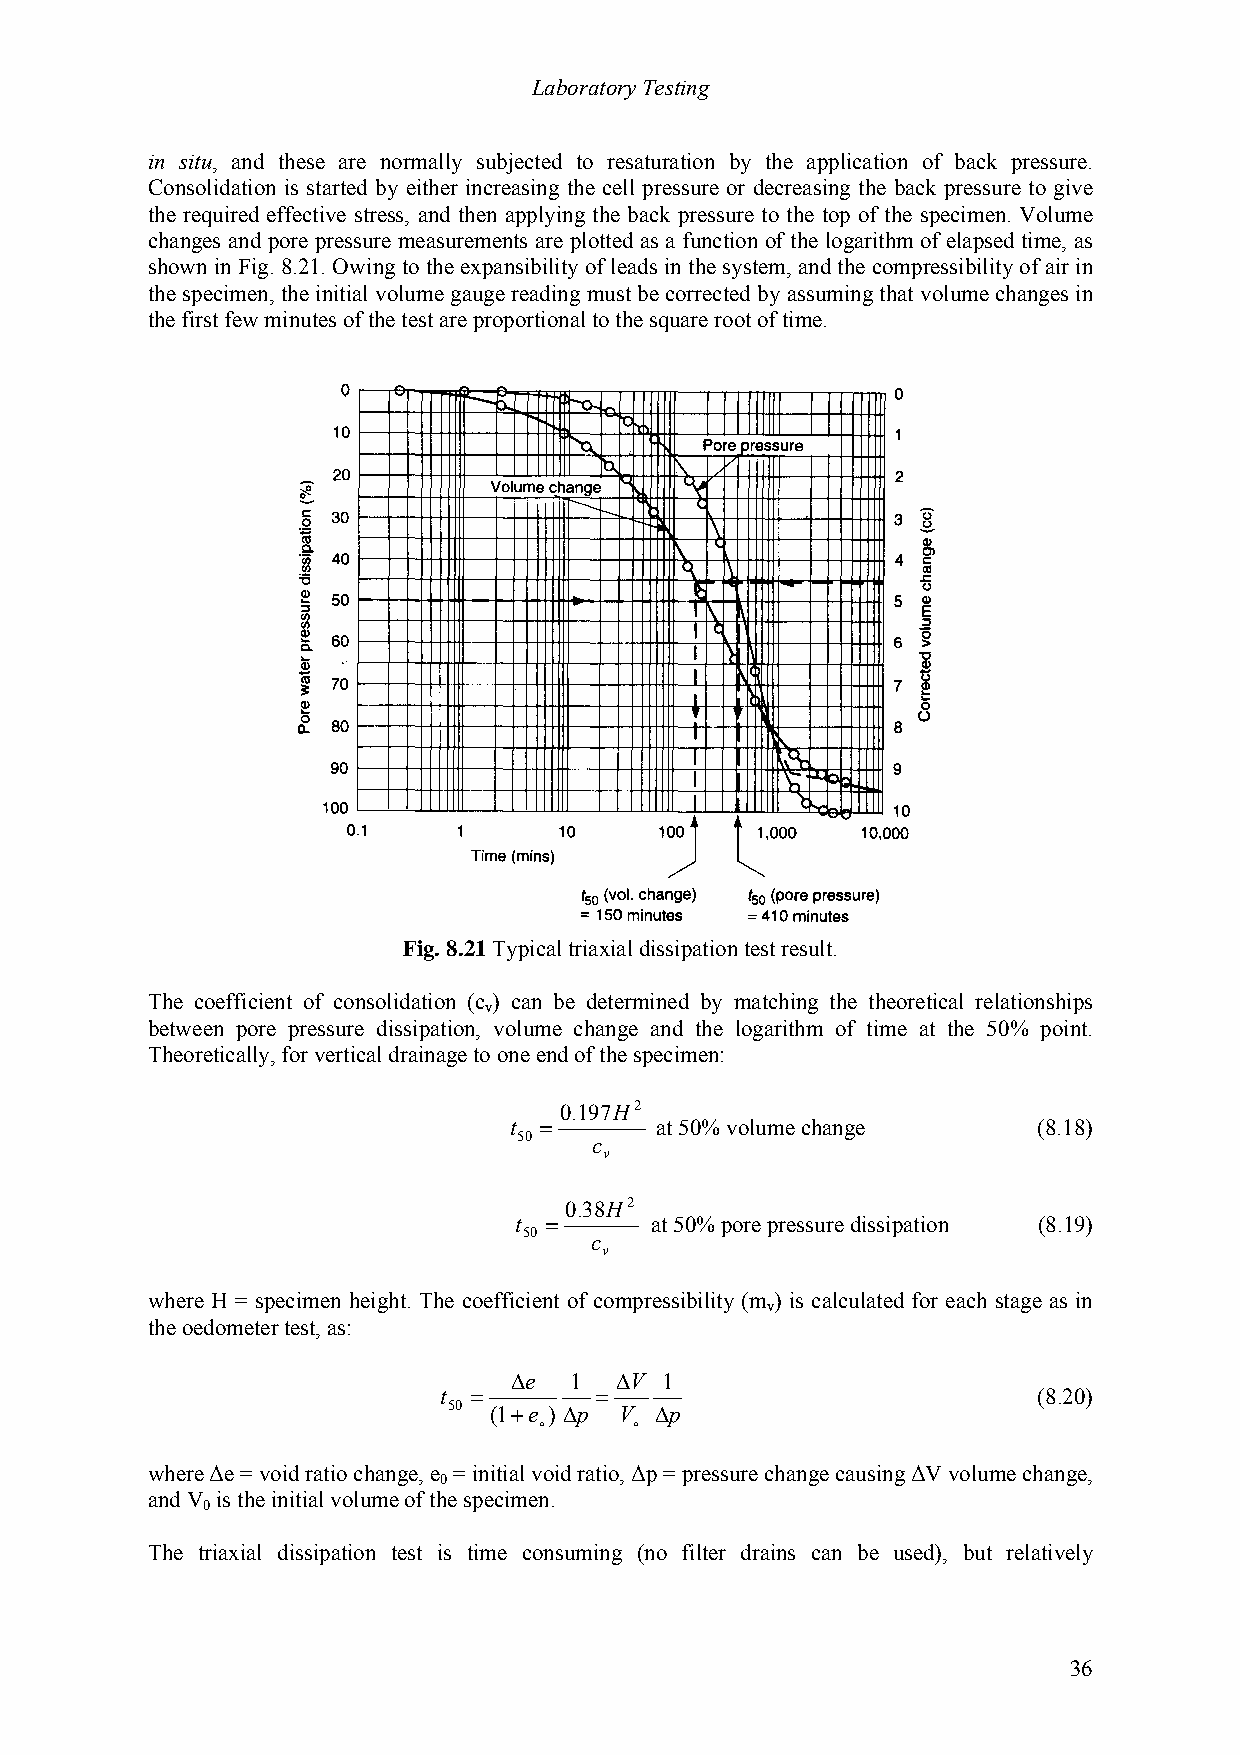
Laboratory Testing
 in situ, and these are normally subjected to resaturation by the application of back pressure.
 Consolidation is started by either increasing the cell pressure or decreasing the back pressure to give
 the required effective stress, and then applying the back pressure to the top of the specimen. Volume
 changes and pore pressure measurements are plotted as a function of the logarithm of elapsed time, as
 shown in Fig. 8.21. Owing to the expansibility of leads in the system, and the compressibility of air in
 the specimen, the initial volume gauge reading must be corrected by assuming that volume changes in
 the first few minutes of the test are proportional to the square root of time.
 Fig. 8.21 Typical triaxial dissipation test result.
 The coefficient of consolidation (c ) can be determined by matching the theoretical relationships
 v
 between pore pressure dissipation, volume change and the logarithm of time at the 50% point.
 Theoretically, for vertical drainage to one end of the specimen:
 0.197H2
 t =      at 50% volume change      (8.18)
 50   c
 v
 0.38H2
 t =      at 50% pore pressure dissipation (8.19)
 50  c
 v
 where H = specimen height. The coefficient of compressibility (m ) is calculated for each stage as in
 v
 the oedometer test, as:
 ∆e  1  ∆V 1
 t =       =                             (8.20)
 50 (1+e ) ∆p V ∆p
 o     o
 where ∆e = void ratio change, e = initial void ratio, ∆p = pressure change causing ∆V volume change,
 0
 and V is the initial volume of the specimen.
 0
 The triaxial dissipation test is time consuming (no filter drains can be used), but relatively
 36